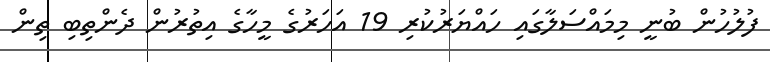
ފުލުހުން ބުނީ މިމައްސަލާގައި ހައްޔަރުކުރި 19 އަހަރުގެ މީހާގެ އިތުރުން ދެންތިބި ތިން